Vaccine operations Central Provinces 1886-1899 - 1886-1899
Year: 1886
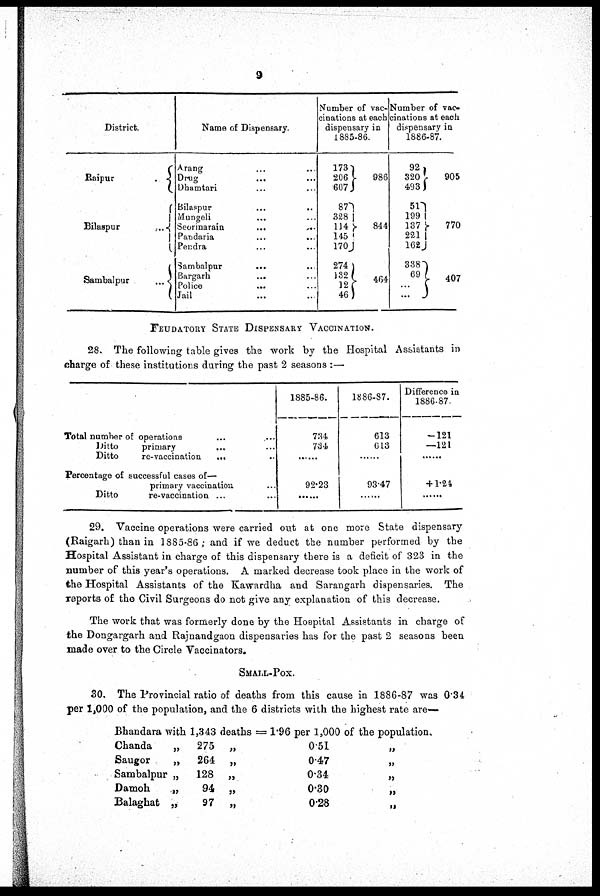
9
District.
Raipur
...
Bilaspur
...
Sambalpur
...
Name of Dispensary.
Arang ...
Drug ...
Dhamtari ...
Bilaspur ... ...
Mungeli
...
...
Seormarain
...
...
Pandaria ... ...
Pendra ... ...
Sambalpur ... ...
Bargarh ... ...
Police
...
...
Jail
...
...
Number of vac-
cinations at each
dispensary in
1885-86.
173
206
607
87
328
114
145
170
274
132
12
46
986
844
464
Number of vac-
cinations at each
dispensary in
1886-87.
92
320
493
51
199
137
221
162
338
69
...
...
905
770
407
FEUDATORY STATE DISPENSARY VACCINATION.
28. The following table gives the work by the Hospital Assistants in
charge of these institutions during the past 2 seasons :—
Total number of operations ... ...
Ditto
primary
...
...
Ditto
re-vaccination
... ...
Percentage of successful cases of—
primary vaccination ... ...
Ditto
re-vaccination ... ...
1885-86.
734
734
...
92.23
......
1886-87.
613
613
...
93.47
......
Difference in
1886-87.
—121
—121
...
+ 1.24
......
29. Vaccine operations were carried out at one more State dispensary
(Raigarh) than in 1885-86; and if we deduct the number performed by the
Hospital Assistant in charge of this dispensary there is a deficit of 323 in the
number of this year's operations. A marked decrease took place in the work of
the Hospital Assistants of the Kawardha and Sarangarh dispensaries. The
reports of the Civil Surgeons do not give any explanation of this decrease.
The work that was formerly done by the Hospital Assistants in charge of
the Dongargarh and Rajnandgaon dispensaries has for the past 2 seasons been
made over to the Circle Vaccinators.
SMALL-POX.
30. The Provincial ratio of deaths from this cause in 1886-87 was 0.34
per 1,000 of the population, and the 6 districts with the highest rate are—
Bhandara with 1,343 deaths = 1.96 per 1,000 of the population.
Chanda
„ 275 „
051
„
Saugor
„
264 „
0.47
„
Sambalpur „ 128 „
0.34
„
Damoh
,„
94 „
0.30
„
Balaghat „
97 „
028
„